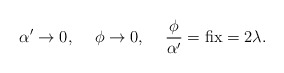
\begin{align*}\alpha'\to 0, \hspace{5mm} \phi\to 0, \hspace{5mm} \frac\phi{\alpha'}=\mbox{fix}=2\lambda.\end{align*}